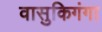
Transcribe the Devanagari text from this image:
वासुकिगंगा